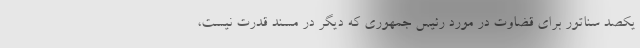
یکصد سناتور برای قضاوت در مورد رئیس جمهوری که دیگر در مسند قدرت نیست،